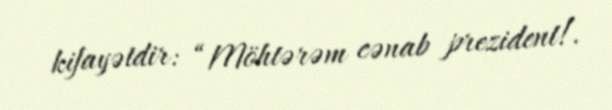
kifayətdir: “Möhtərəm cənab prezident!.